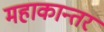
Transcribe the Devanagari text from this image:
महाकान्तर